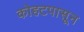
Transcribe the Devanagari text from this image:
कोहटपासून